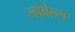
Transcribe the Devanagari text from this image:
नोबेल्स